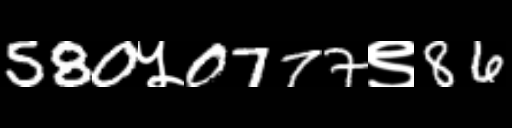
Text: 580५0777९86